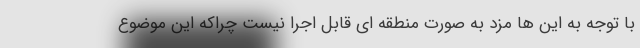
با توجه به این ها مزد به صورت منطقه ای قابل اجرا نیست چراکه این موضوع